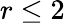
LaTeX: r\leq 2